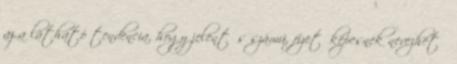
az a látható tendencia, hogy jelentős számú, fizetőképesnek nevezhető